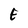
Character: E